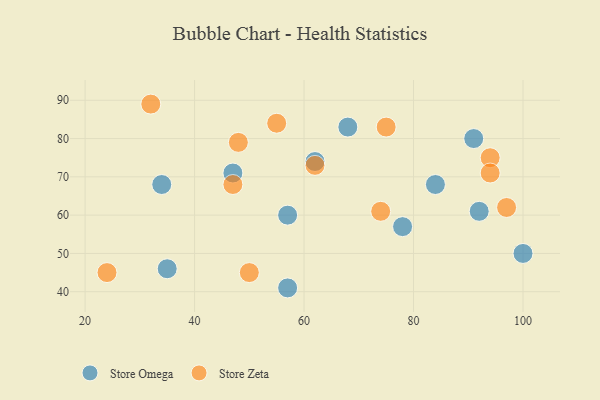
{"axis": {"x": "GDP", "y": "Life Expectancy"}, "legend": ["Store Omega", "Store Zeta"], "data": [{"x": "100", "y": 50, "type": "Store Omega"}, {"x": "78", "y": 57, "type": "Store Omega"}, {"x": "35", "y": 46, "type": "Store Omega"}, {"x": "34", "y": 68, "type": "Store Omega"}, {"x": "92", "y": 61, "type": "Store Omega"}, {"x": "47", "y": 71, "type": "Store Omega"}, {"x": "62", "y": 74, "type": "Store Omega"}, {"x": "84", "y": 68, "type": "Store Omega"}, {"x": "57", "y": 41, "type": "Store Omega"}, {"x": "68", "y": 83, "type": "Store Omega"}, {"x": "57", "y": 60, "type": "Store Omega"}, {"x": "91", "y": 80, "type": "Store Omega"}, {"x": "24", "y": 45, "type": "Store Zeta"}, {"x": "94", "y": 75, "type": "Store Zeta"}, {"x": "32", "y": 89, "type": "Store Zeta"}, {"x": "50", "y": 45, "type": "Store Zeta"}, {"x": "48", "y": 79, "type": "Store Zeta"}, {"x": "62", "y": 73, "type": "Store Zeta"}, {"x": "47", "y": 68, "type": "Store Zeta"}, {"x": "75", "y": 83, "type": "Store Zeta"}, {"x": "74", "y": 61, "type": "Store Zeta"}, {"x": "97", "y": 62, "type": "Store Zeta"}, {"x": "55", "y": 84, "type": "Store Zeta"}, {"x": "94", "y": 71, "type": "Store Zeta"}]}